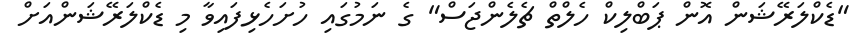
"ޑެކްލަރޭޝަން އޮން ޕަބްލިކް ހެލްތް ޗެލެންޖަސް" ގެ ނަމުގައި ހުށަހެޅިފައިވާ މި ޑެކްލަރޭޝަންއަށް